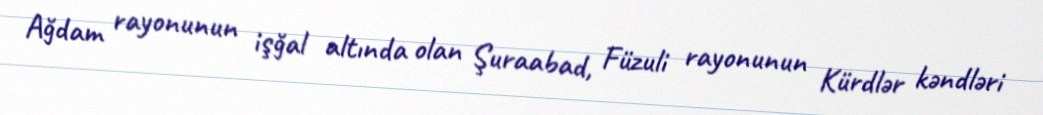
Ağdam rayonunun işğal altında olan Şuraabad, Füzuli rayonunun Kürdlər kəndləri